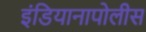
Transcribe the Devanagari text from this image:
इंडियानापोलीस